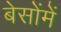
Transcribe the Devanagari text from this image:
बेसोंमें